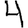
Digit: 4